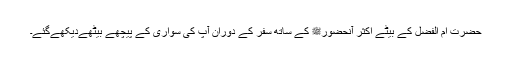
حضرت ام الفضل کے بیٹے اکثر آنحضورﷺ کے ساتھ سفر کے دوران آپ کی سواری کے پیچھے بیٹھےدیکھےگئے۔